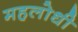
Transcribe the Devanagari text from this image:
महलोधी